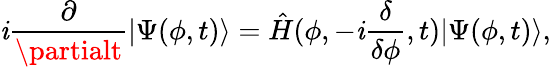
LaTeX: \mathit{i}\frac{{\partial}}{{\partialt}}\vert\Psi(\phi,t)\rangle=\hat{{H}}(\phi,-\mathit{i}\frac{{\delta}}{{\delta\phi}},t)\vert\Psi(\phi,t)\rangle,